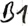
Text: B1